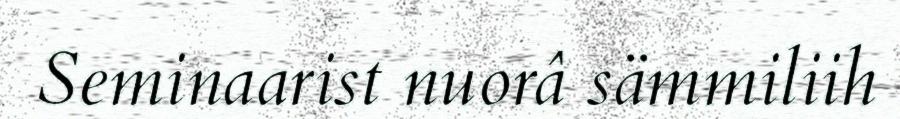
Seminaarist nuorâ sämmiliih